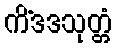
ကိံဒဒသုတ္တံ